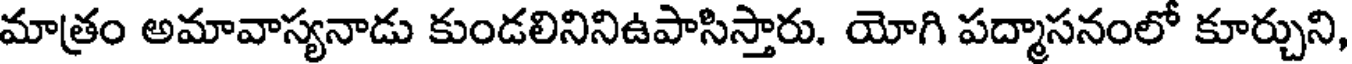
మాత్రం అమావాస్యనాడు కుండలినినిఉపాసిస్తారు. యోగి పద్మాసనంలో కూర్చుని,